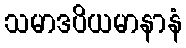
သမာဒပိယမာနာနံ